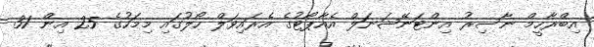
އިބްރާހީމް ނާސިރު އިންޓަނޭޝަނަލް އެއާޕޯޓުގެ އެރައިވަލް ހޯލުގައި މިމަހުގެ 25 އިން 31